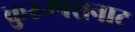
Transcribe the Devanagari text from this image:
कुरुम्परानाट